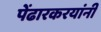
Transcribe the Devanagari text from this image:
पेंढारकरयांनी